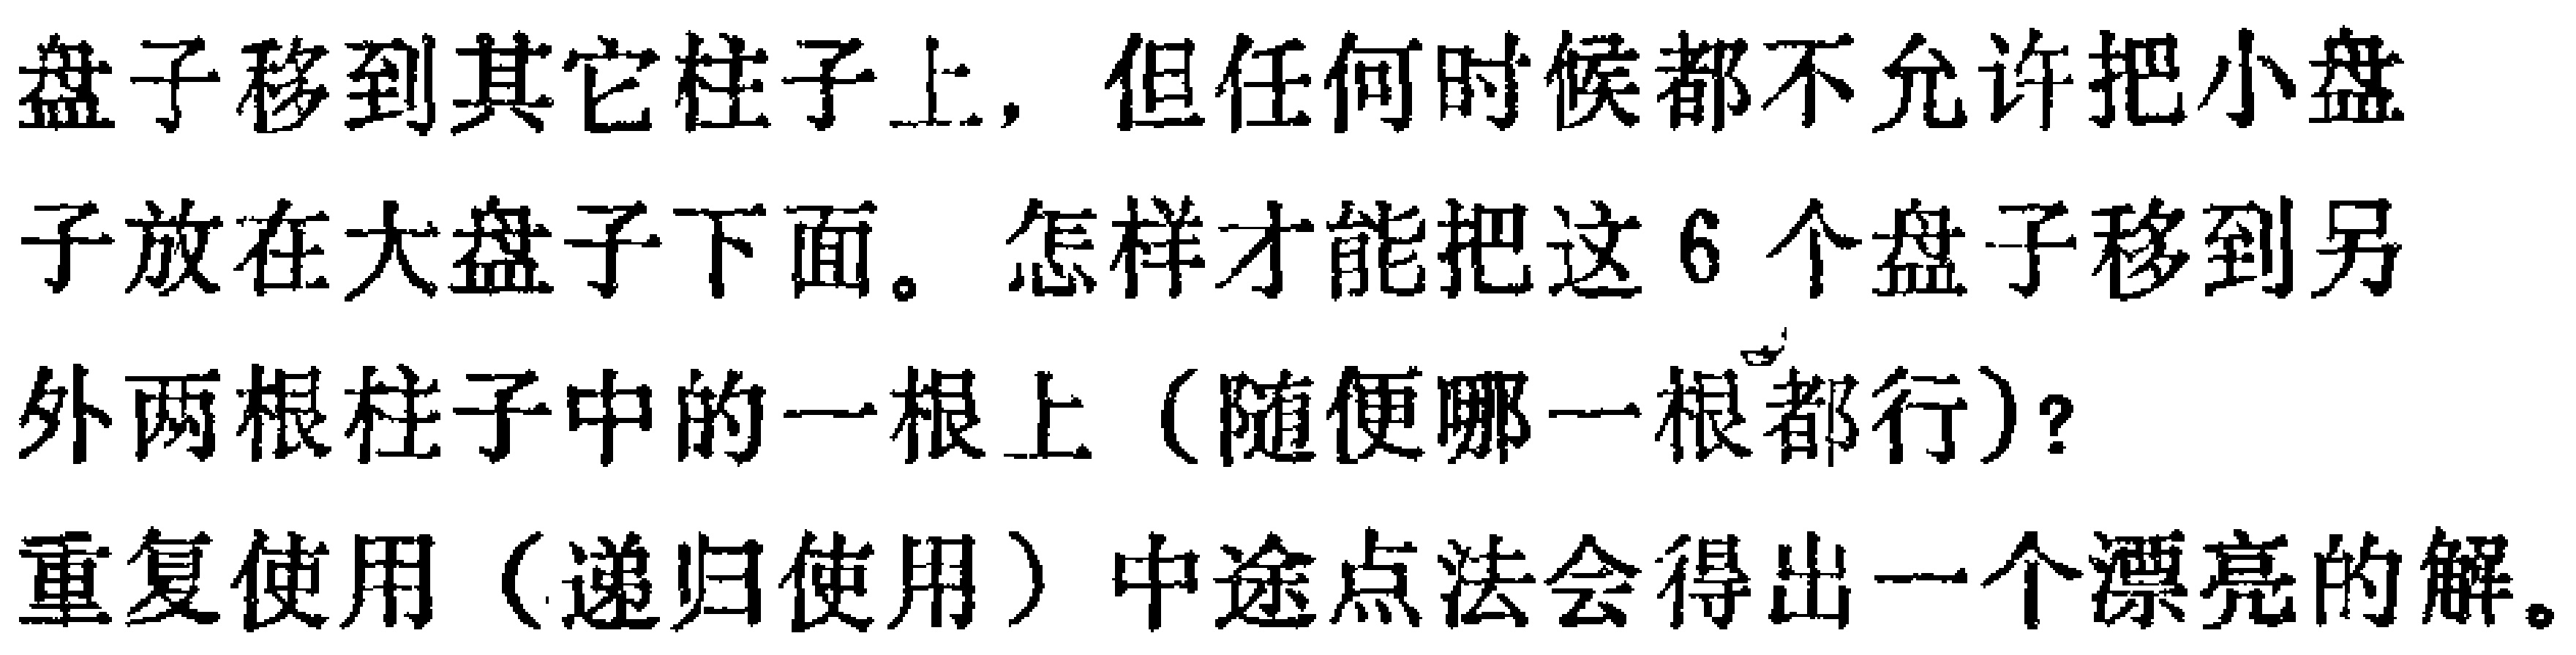
盘子移到其它柱子上，但任何时候都不允许把小盘子放在大盘子下面。怎样才能把这6个盘子移到另外两根柱子中的一根上（随便哪一根都行）？重复使用（递归使用）中途点法会得出一个漂亮的解。